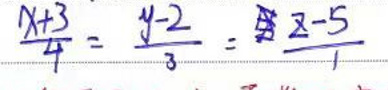
$\frac{x + 3}{4}=\frac{y - 2}{3}=\frac{z - 5}{1}$